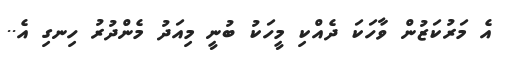
އެ މަރުކަޒުން ވާހަކަ ދެއްކި މީހަކު ބުނީ މިއަދު މެންދުރު ހިނގި އެ..